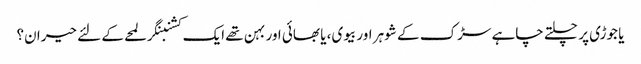
یا جوڑی پر چلتے چاہے سڑک کے شوہر اور بیوی، یا بھائی اور بہن تھے ایک کشنبنگر لمحے کے لئے حیران؟